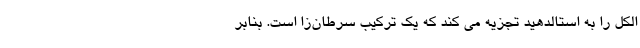
الکل را به استالدهید تجزیه می کند که یک ترکیب سرطان‌زا است. بنابر